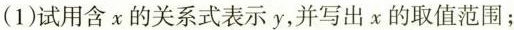
(1)试用含x的关系式表示y，并写出x的取值范围；